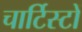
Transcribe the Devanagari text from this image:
चार्टिस्टों